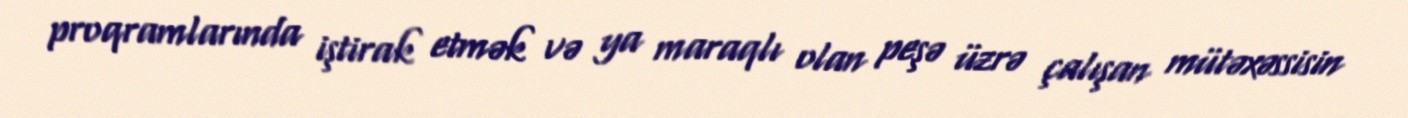
proqramlarında iştirak etmək və ya maraqlı olan peşə üzrə çalışan mütəxəssisin